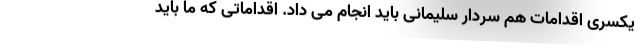
یکسری اقدامات هم سردار سلیمانی باید انجام می داد. اقداماتی که ما باید